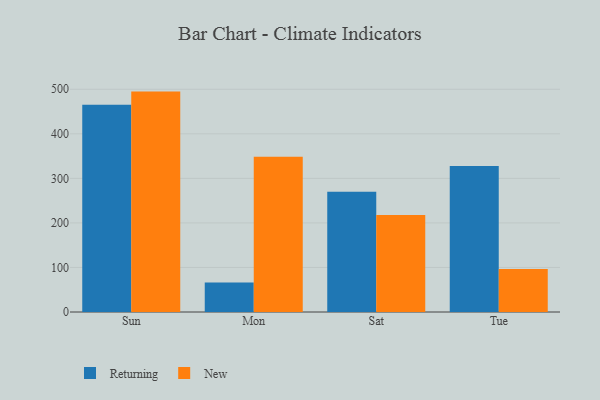
{"axis": {"x": "Day", "y": "Page Views"}, "legend": ["New", "Returning"], "data": [{"x": "Sun", "y": 465.0, "type": "Returning"}, {"x": "Sun", "y": 494.8, "type": "New"}, {"x": "Mon", "y": 66.5, "type": "Returning"}, {"x": "Mon", "y": 348.4, "type": "New"}, {"x": "Sat", "y": 270.1, "type": "Returning"}, {"x": "Sat", "y": 217.5, "type": "New"}, {"x": "Tue", "y": 327.9, "type": "Returning"}, {"x": "Tue", "y": 96.8, "type": "New"}]}